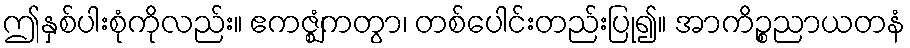
ဤနှစ်ပါးစုံကိုလည်း။ ဧကဇ္ဈံကတွာ၊ တစ်ပေါင်းတည်းပြု၍။ အာကိဉ္စညာယတနံ